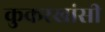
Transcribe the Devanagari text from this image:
कुकरखांसी